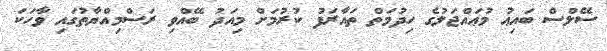
ސޭލްސް ބައިޢު މުޢައްޖަލުގެ ހިދުމަތް ތައާރަފު ކުރުމަށް މިއަދު ބޭއްވި ރަސްމިއްޔާތުގައި ވާހަކަ